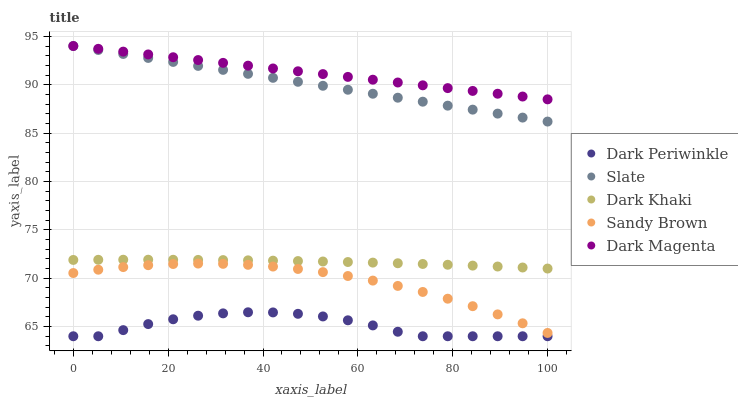
| xaxis_label | Dark Periwinkle | Slate | Dark Khaki | Sandy Brown | Dark Magenta |
 | --- | --- | --- | --- | --- | --- |
 | 0 | 64 | 94 | 71.9 | 70.5 | 94 |
 | 5.26 | 64 | 93.6 | 71.9 | 70.9 | 93.7 |
 | 10.5 | 64.6 | 93.2 | 71.9 | 71.1 | 93.4 |
 | 15.8 | 65.3 | 92.8 | 71.9 | 71.3 | 93.1 |
 | 21.1 | 65.8 | 92.4 | 71.9 | 71.5 | 92.8 |
 | 26.3 | 66.1 | 91.9 | 71.9 | 71.5 | 92.5 |
 | 31.6 | 66.4 | 91.5 | 71.9 | 71.5 | 92.3 |
 | 36.8 | 66.5 | 91.1 | 71.8 | 71.4 | 92 |
 | 42.1 | 66.5 | 90.7 | 71.8 | 71.2 | 91.7 |
 | 47.4 | 66.3 | 90.3 | 71.8 | 71 | 91.4 |
 | 52.6 | 66 | 89.9 | 71.7 | 70.6 | 91.1 |
 | 57.9 | 65.6 | 89.5 | 71.7 | 70.2 | 90.8 |
 | 63.2 | 65.1 | 89.1 | 71.6 | 69.8 | 90.5 |
 | 68.4 | 64.5 | 88.7 | 71.5 | 69.2 | 90.2 |
 | 73.7 | 64 | 88.2 | 71.5 | 68.6 | 89.9 |
 | 78.9 | 64 | 87.8 | 71.4 | 67.9 | 89.6 |
 | 84.2 | 64 | 87.4 | 71.3 | 67.1 | 89.4 |
 | 89.5 | 64 | 87 | 71.2 | 66.3 | 89.1 |
 | 94.7 | 64 | 86.6 | 71.1 | 65.3 | 88.8 |
 | 100 | 64 | 86.2 | 71 | 64.3 | 88.5 |